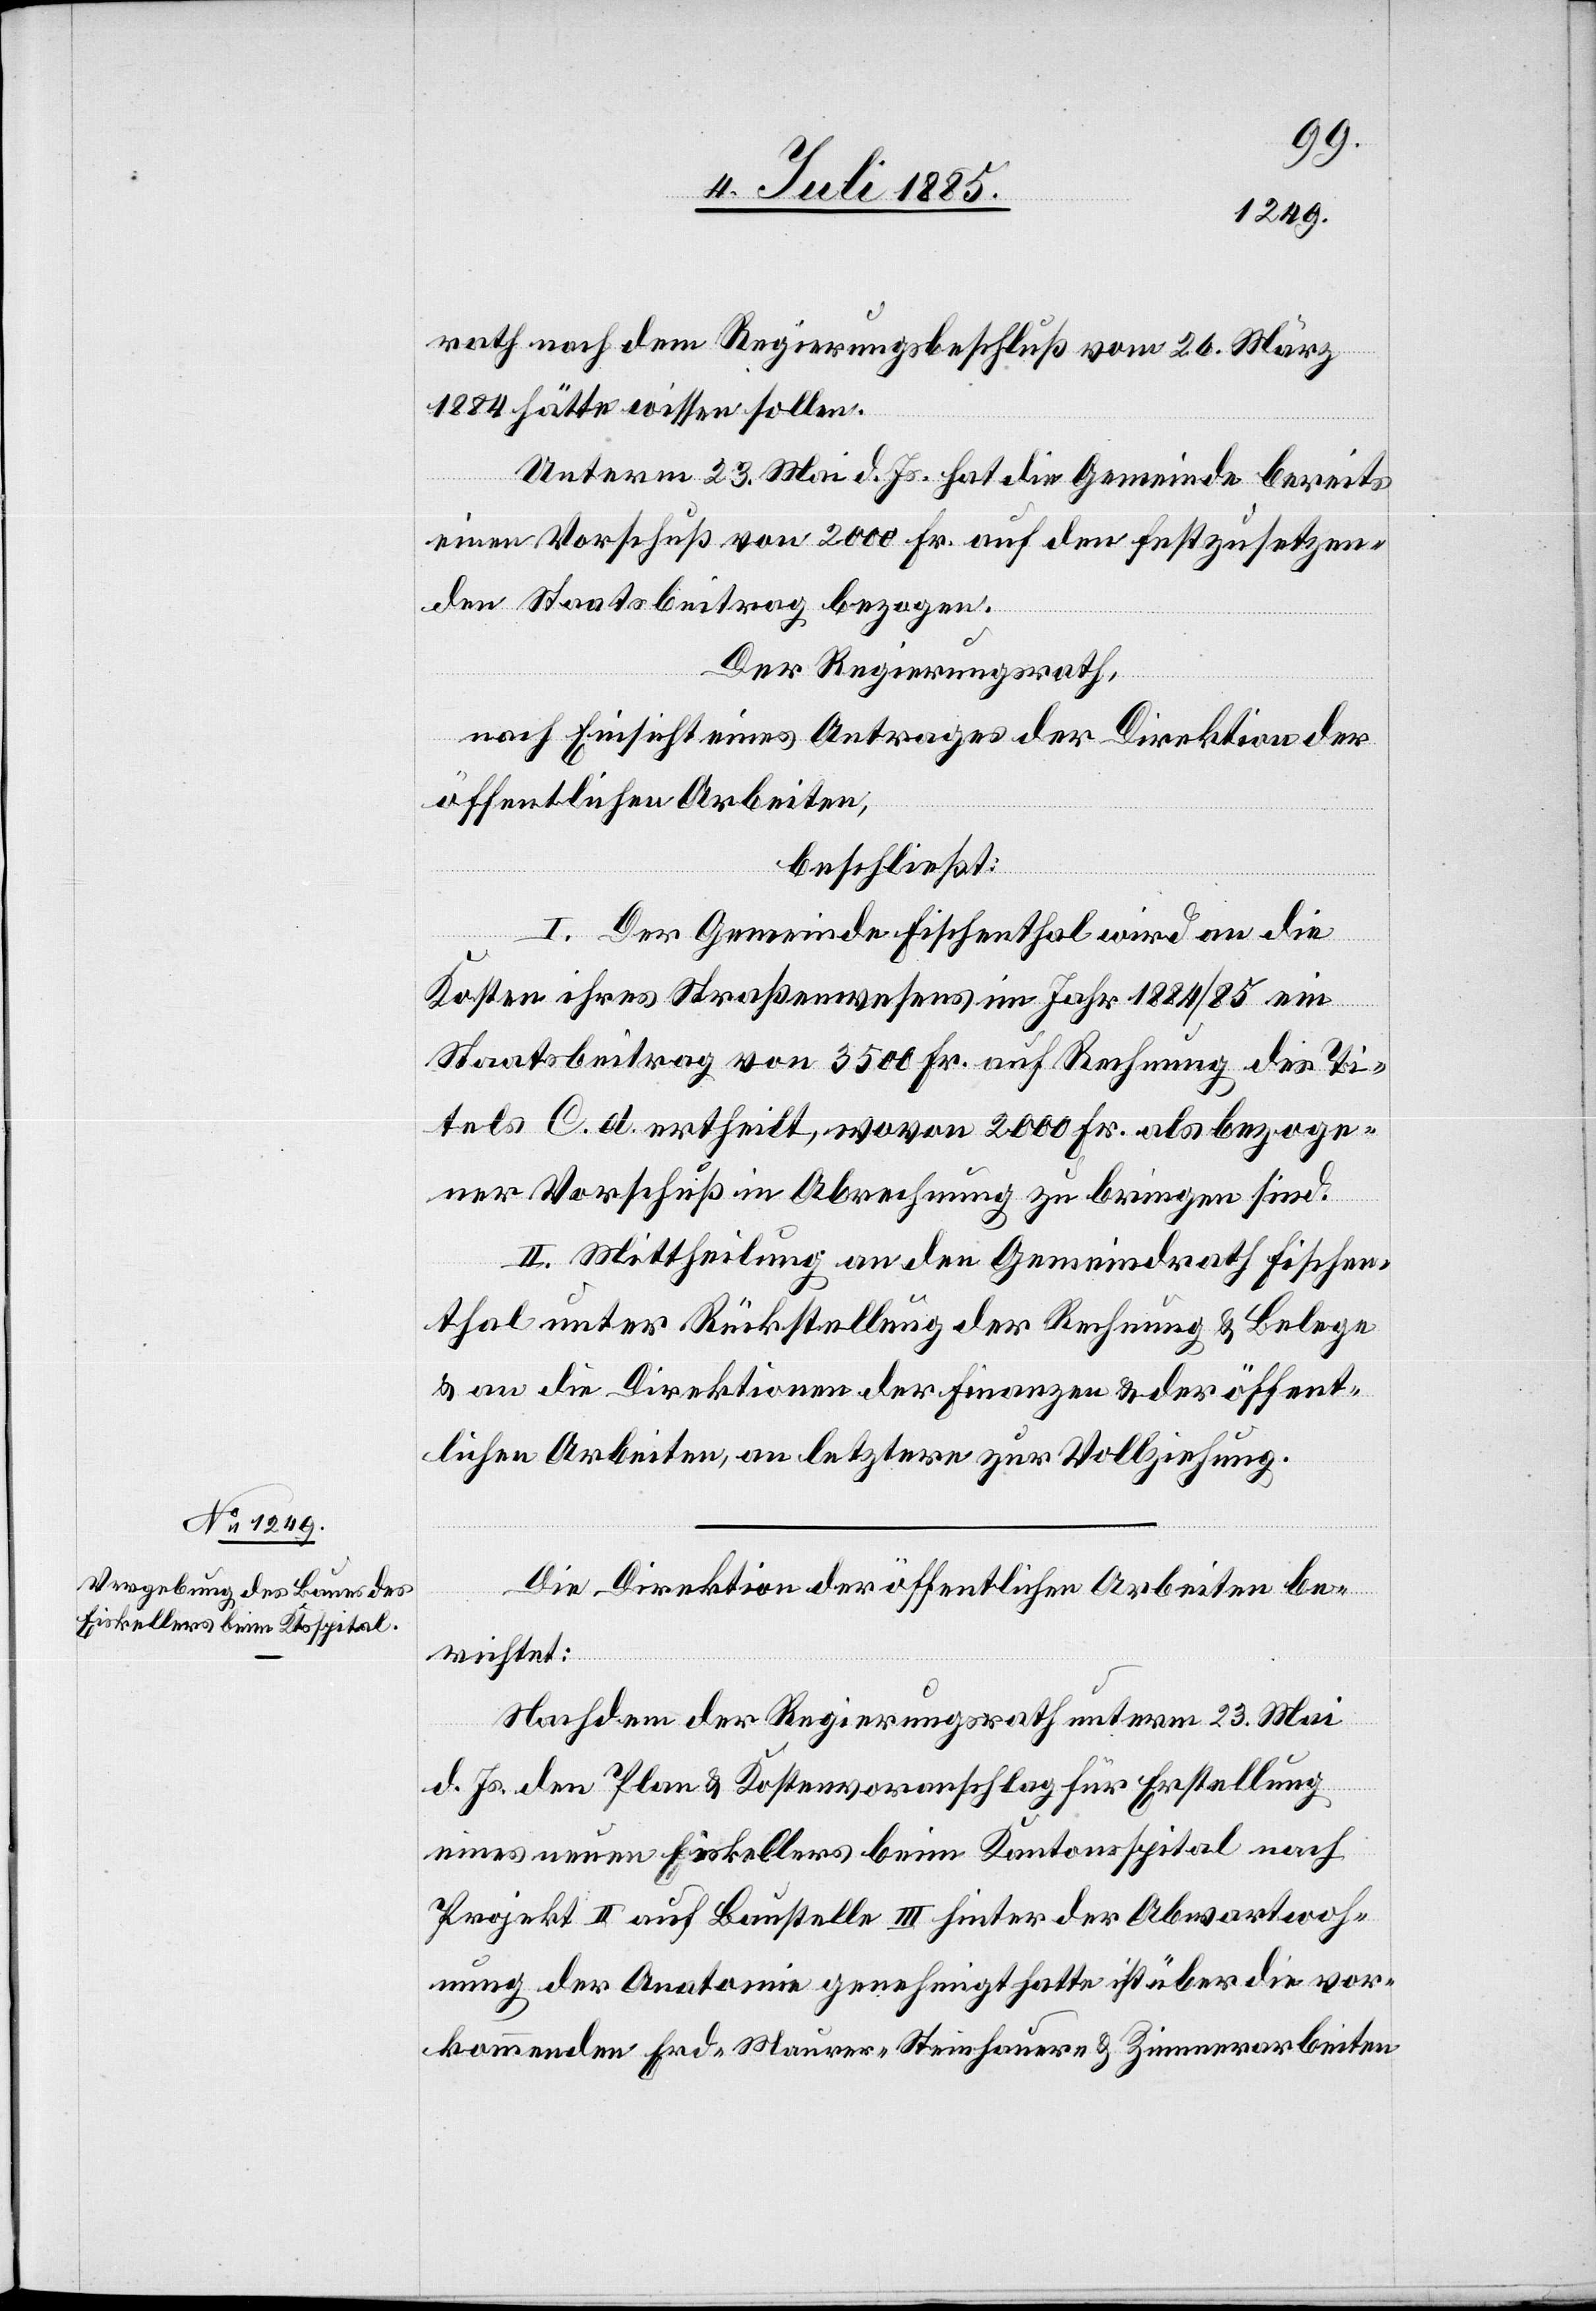
rath nach dem Regierungsbeschluß vom 26. März
1884 hätte wissen sollen.
Unterm 23. Mai d. Js. hat die Gemeinde bereits
einen Vorschuß von 2000 Fr. auf den festzusetzen¬
den Staatsbeitrag bezogen.
Der Regierungsrath,
nach Einsicht eines Antrages der Direktion der
öffentlichen Arbeiten,
beschließt:
I. Der Gemeinde Fischenthal wird an die
Kosten ihres Straßenwesens im Jahr 1884/85 ein
Staatsbeitrag von 3500 Fr. auf Rechnung des Ti¬
tels C. d. ertheilt, wovon 2000 Fr. als bezoge¬
ner Vorschuß in Abrechnung zu bringen sind.
II. Mittheilung an den Gemeindrath Fischen¬
thal unter Rückstellung der Rechnung & Belege
& an die Direktion der Finanzen & der öffent¬
lichen Arbeiten, an letztere zur Vollziehung.
Die Direktion der öffentlichen Arbeiten be¬
richtet:
Nachdem der Regierungsrath unterm 23. Mai
d. Js. den Plan & Kostenvoranschlag für Erstellung
eines neuen Eiskellers beim Kantonsspital nach
Projekt II auf Baustelle III hinter der Abwartwoh¬
nung der Anatomie genehmigt hatte ist über die vor¬
kommenden Erd-[,] Maurer-[,] Steinhauer- & Zimmerarbeiten